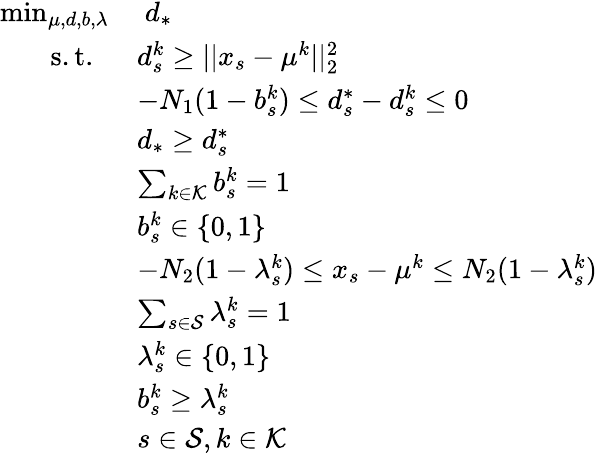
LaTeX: \begin{array}{rl}{\operatorname*{min}_{\mu,d,b,\lambda}}&{\; d_{*}}\\ {\mathrm{s.t.}\; \; }&{d_{s}^{k}\geq||x_{s}-\mu^{k}||_{2}^{2}}\\ &{-N_{1}(1-b_{s}^{k})\leq d_{s}^{*}-d_{s}^{k}\leq 0}\\ &{d_{*}\geq d_{s}^{*}}\\ &{\sum_{k\in\mathcal{K}}b_{s}^{k}=1}\\ &{b_{s}^{k}\in\{ 0,1\} }\\ &{-N_{2}(1-\lambda_{s}^{k})\leq x_{s}-\mu^{k}\leq N_{2}(1-\lambda_{s}^{k})}\\ &{\sum_{s\in\mathcal{S}}\lambda_{s}^{k}=1}\\ &{\lambda_{s}^{k}\in\{ 0,1\} }\\ &{b_{s}^{k}\geq\lambda_{s}^{k}}\\ &{s\in\mathcal{S},k\in\mathcal{K}}\end{array}